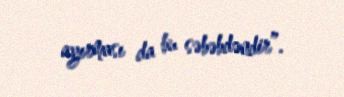
ayırması da bu səbəbdəndir”.